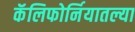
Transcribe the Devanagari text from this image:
कॅलिफोर्नियातल्या